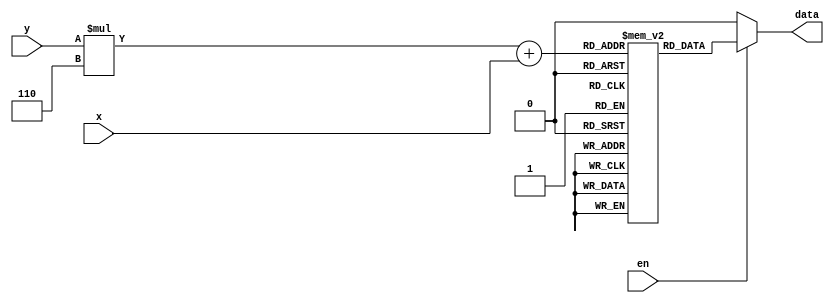
//bullets of characters
//----------------------------------------------------------------------------------


module obj_b (
    input [2:0] x,
    input [2:0] y,
    input       en,
    output      data
);

reg rom [0:5][0:5];

initial begin
 rom[0][0] = 1'b0;	 rom[1][0] = 1'b0;	 rom[2][0] = 1'b1;	 rom[3][0] = 1'b1;	 rom[4][0] = 1'b0;	 rom[5][0] = 1'b0;
 rom[0][1] = 1'b0;	 rom[1][1] = 1'b1;	 rom[2][1] = 1'b1;	 rom[3][1] = 1'b1;	 rom[4][1] = 1'b1;	 rom[5][1] = 1'b0;
 rom[0][2] = 1'b1;	 rom[1][2] = 1'b1;	 rom[2][2] = 1'b1;	 rom[3][2] = 1'b1;	 rom[4][2] = 1'b1;	 rom[5][2] = 1'b1;
 rom[0][3] = 1'b1;	 rom[1][3] = 1'b1;	 rom[2][3] = 1'b1;	 rom[3][3] = 1'b1;	 rom[4][3] = 1'b1;	 rom[5][3] = 1'b1;
 rom[0][4] = 1'b0;	 rom[1][4] = 1'b1;	 rom[2][4] = 1'b1;	 rom[3][4] = 1'b1;	 rom[4][4] = 1'b1;	 rom[5][4] = 1'b0;
 rom[0][5] = 1'b0;	 rom[1][5] = 1'b0;	 rom[2][5] = 1'b1;	 rom[3][5] = 1'b1;	 rom[4][5] = 1'b0;	 rom[5][5] = 1'b0;
/*
	rom[0] = {1'b0,1'b0,1'b1,1'b1,1'b0,1'b0};
	rom[1] = {1'b0,1'b1,1'b1,1'b1,1'b1,1'b0};
	rom[2] = {1'b1,1'b1,1'b1,1'b1,1'b1,1'b1};
	rom[3] = {1'b1,1'b1,1'b1,1'b1,1'b1,1'b1};
	rom[4] = {1'b0,1'b1,1'b1,1'b1,1'b1,1'b0};
	rom[5] = {1'b0,1'b0,1'b1,1'b1,1'b0,1'b0};*/
end

assign data = en ? rom[y][x] : 1'b0;


endmodule